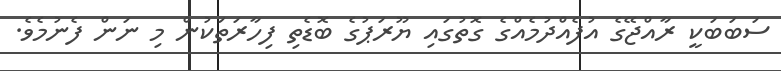
ސަބަބަކީ ރާއްޖޭގެ އުފެއްދުމެއްގެ ގޮތުގައި ޔޫރަޕުގެ ބޮޑެތި ފިހާރަތަކުން މި ނަން ފެނުމެވެ.